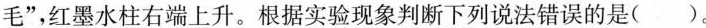
毛”，红墨水柱右端上升。根据实验现象判断下列说法错误的是( )。